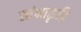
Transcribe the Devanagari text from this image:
स्तंभाकृति